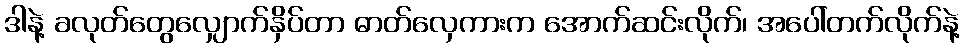
ဒါနဲ့ ခလုတ်တွေလျှောက်နှိပ်တာ ဓာတ်လှေကားက အောက်ဆင်းလိုက်၊ အပေါ်တက်လိုက်နဲ့